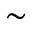
\sim